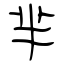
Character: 芈